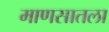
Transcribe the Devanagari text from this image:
माणसातला